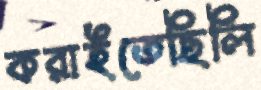
করাইতেছিলি